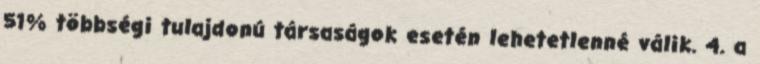
51% többségi tulajdonú társaságok esetén lehetetlenné válik. 4. a